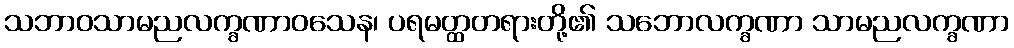
သဘာဝသာမညလက္ခဏာဝသေန၊ ပရမတ္ထတရားတို့၏ သဘောလက္ခဏာ သာမညလက္ခဏာ